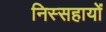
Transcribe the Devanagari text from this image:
निस्सहायों